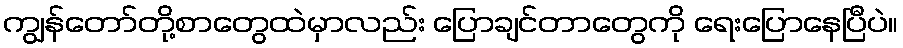
ကျွန်တော်တို့စာတွေထဲမှာလည်း ပြောချင်တာတွေကို ရေးပြောနေပြီပဲ။